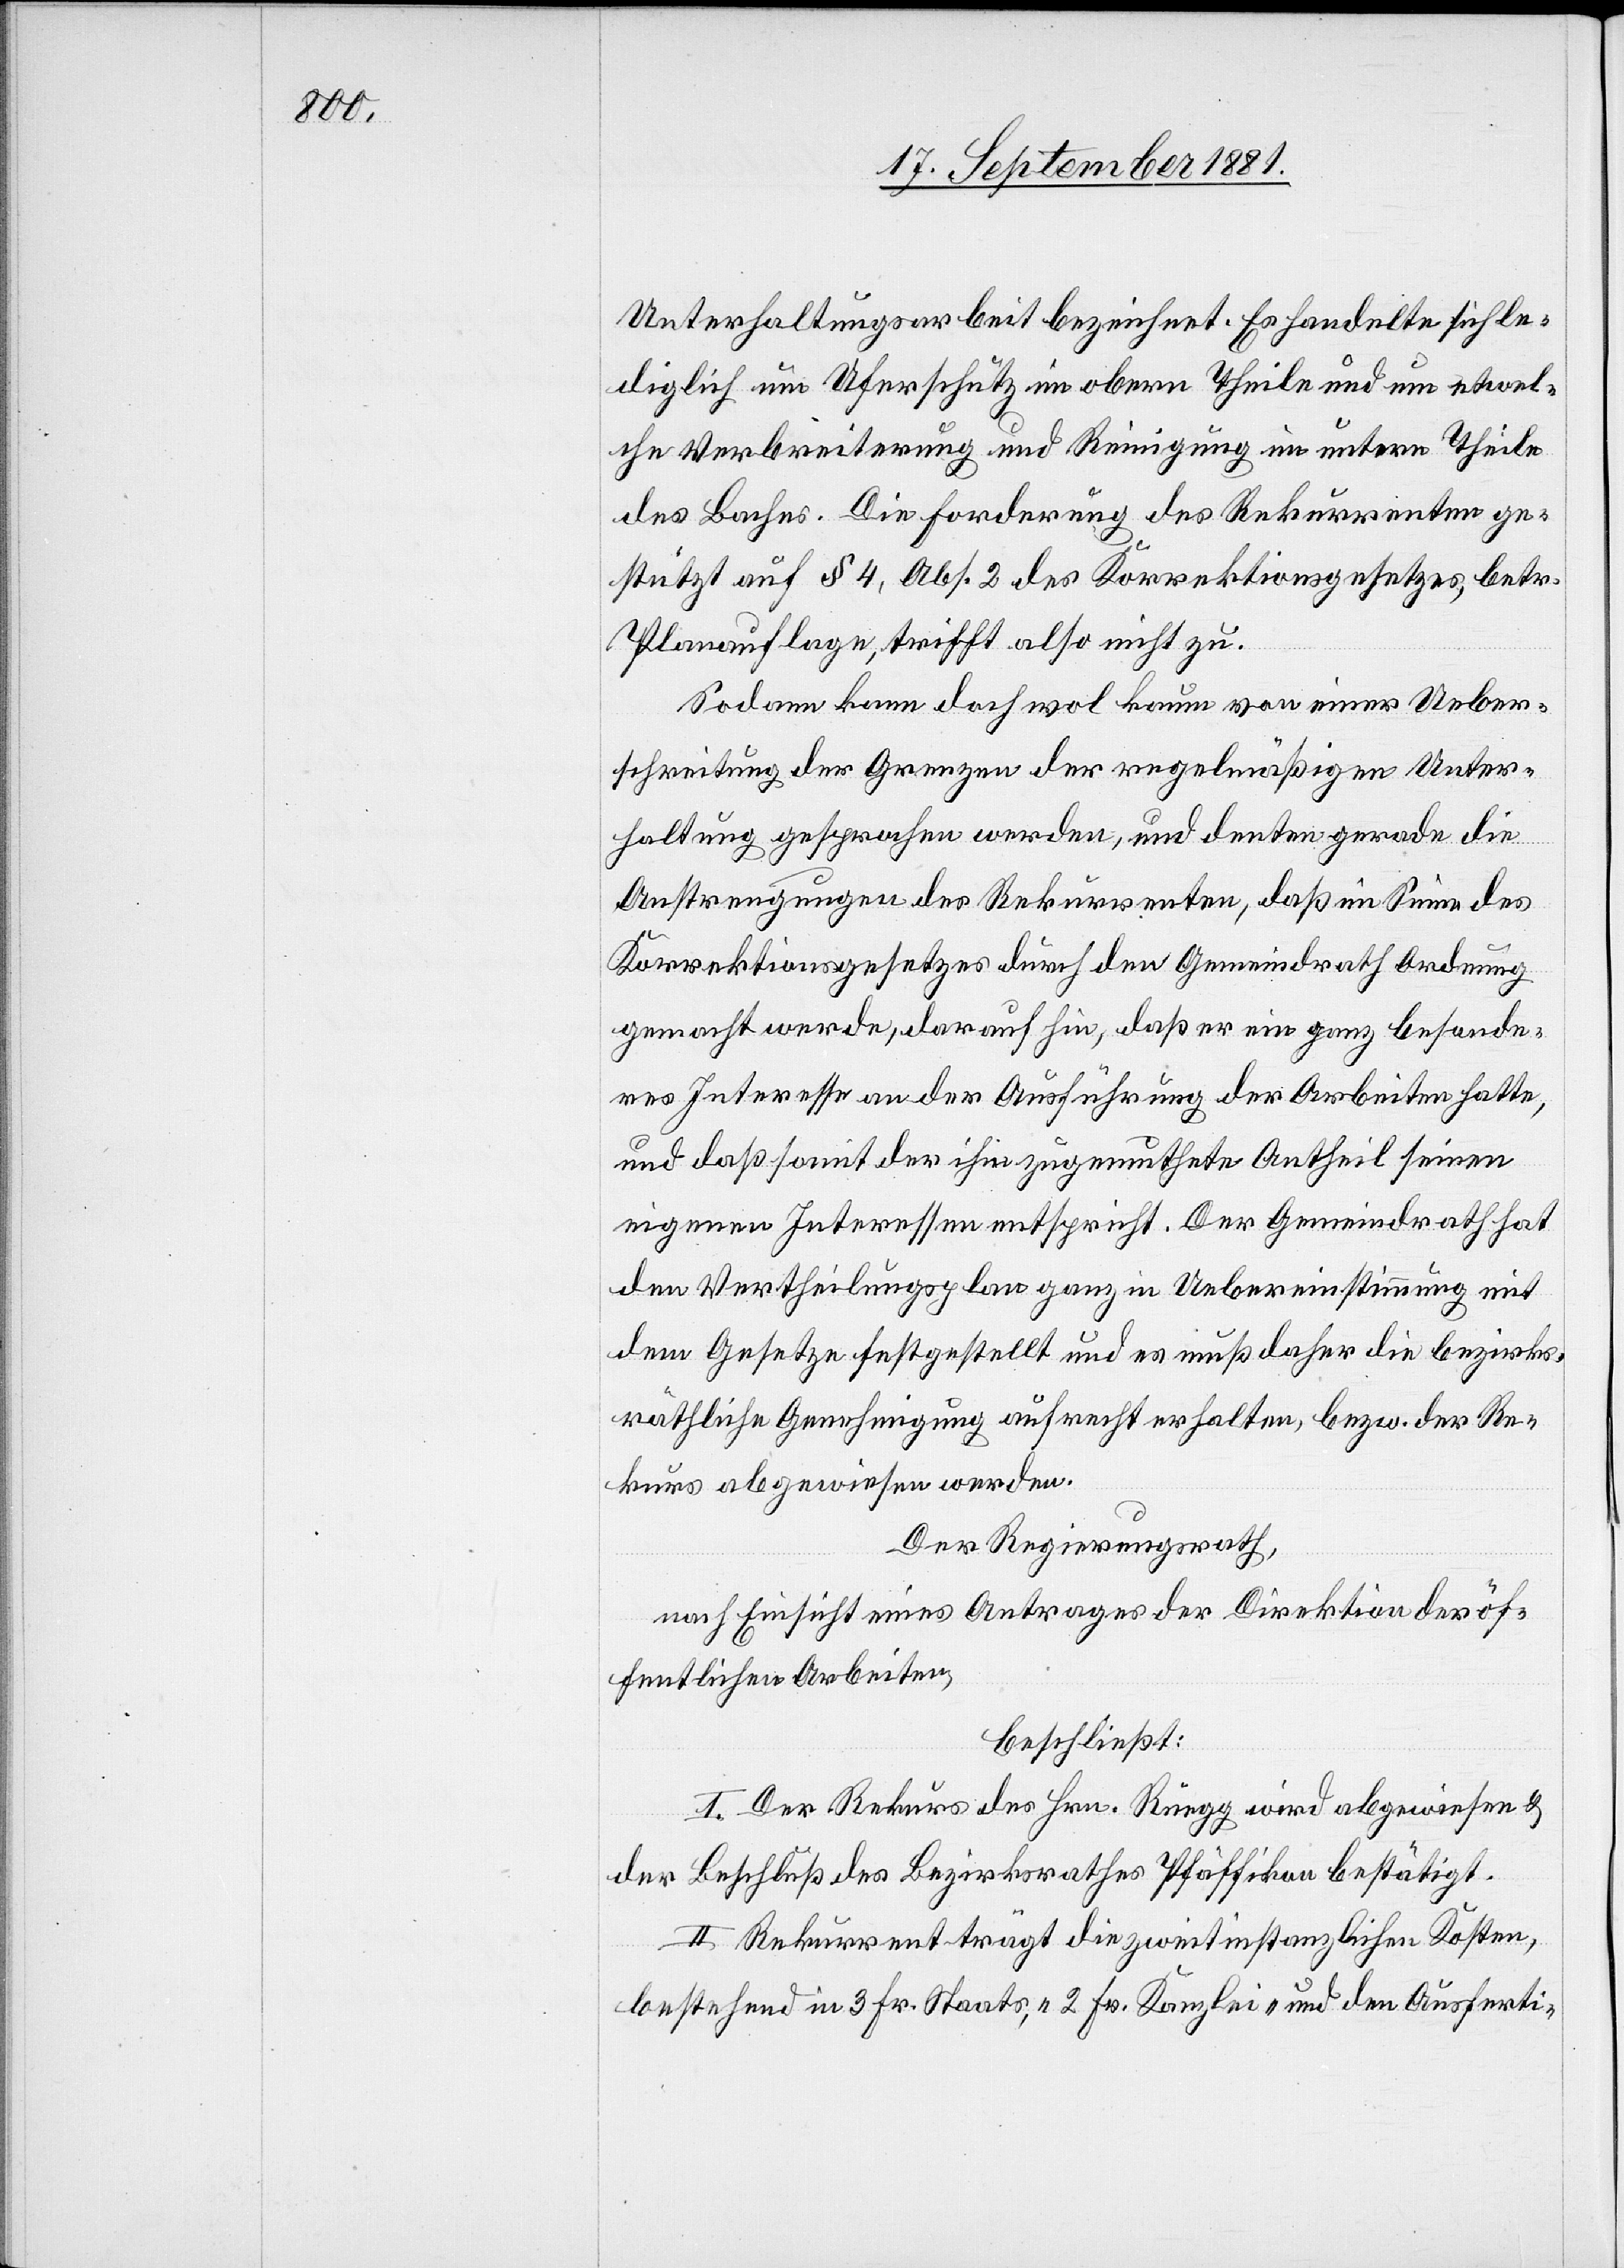
Unterhaltungsarbeit bezeichnet. Es handelte sich le¬
diglich um Uferschutz im obern Theile und um etwel¬
che Verbreiterung und Reinigung im untern Theile
des Baches. Die Forderung des Rekurrenten ge¬
stützt auf § 4, Abs. 2 des Korrektionsgesetzes, betr.
Planauflage, trifft also nicht zu.
Sodann kann doch wol kaum von einer Ueber¬
schreitung der Grenzen der regelmäßigen Unter¬
haltung gesprochen werden, und deeten [recte: deuten]
Anstrengungen des Rekurrenten, daß im Sinne des
Korrektionsgesetzes durch den Gemeindrath Ordnung
gemacht werde, darauf hin, daß er ein ganz besonde¬
res Interesse an der Ausführung der Arbeiten hatte,
und daß somit der ihm zugemuthete Antheil seinen
eigenen Interessen entspricht. Der Gemeindrath hat
den Vertheilungsplan ganz in Uebereinstimmung mit
dem Gesetzt festgestellt und es muß daher die bezirks¬
räthliche Genehmigung aufrechterhalten, bezw. der Re¬
kurs abgewiesen werden.
Der Regierungsrath,
nach Einsicht eines Antrages der Direktion der öf¬
fentlichen Arbeiten,
beschließt:
I. Der Rekurs des Hrn. Rüegg wird abgewiesen &
der Beschluß des Bezirksrathes Pfäffikon bestätigt.
II. Rekurrent trägt die zweitinstanzlichen Kosten,
bestehend in 3. Fr. Staats-, 2. Fr. Kanzlei- und den Ausferti-